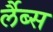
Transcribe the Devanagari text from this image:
र्लैब्स